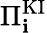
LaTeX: \Pi_{\mathbf{i}}^{\mathrm{{KI}}}